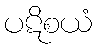
ပဋိစယံ